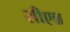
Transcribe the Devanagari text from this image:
सीएन्न